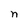
Character: n